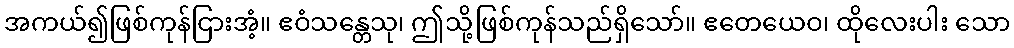
အကယ်၍ဖြစ်ကုန်ငြားအံ့။ ဧဝံသန္တေသု၊ ဤသို့ဖြစ်ကုန်သည်ရှိသော်။ ဧတေယေဝ၊ ထိုလေးပါး သော